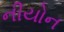
નીયોન